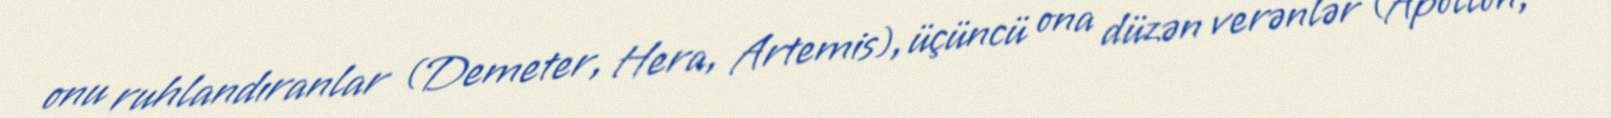
onu ruhlandıranlar (Demeter, Hera, Artemis), üçüncü ona düzən verənlər (Apollon,